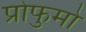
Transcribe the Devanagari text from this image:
प्रोफुमो